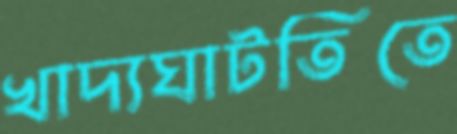
খাদ্যঘাটতিতে